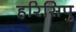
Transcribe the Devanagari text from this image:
हरिसिपु